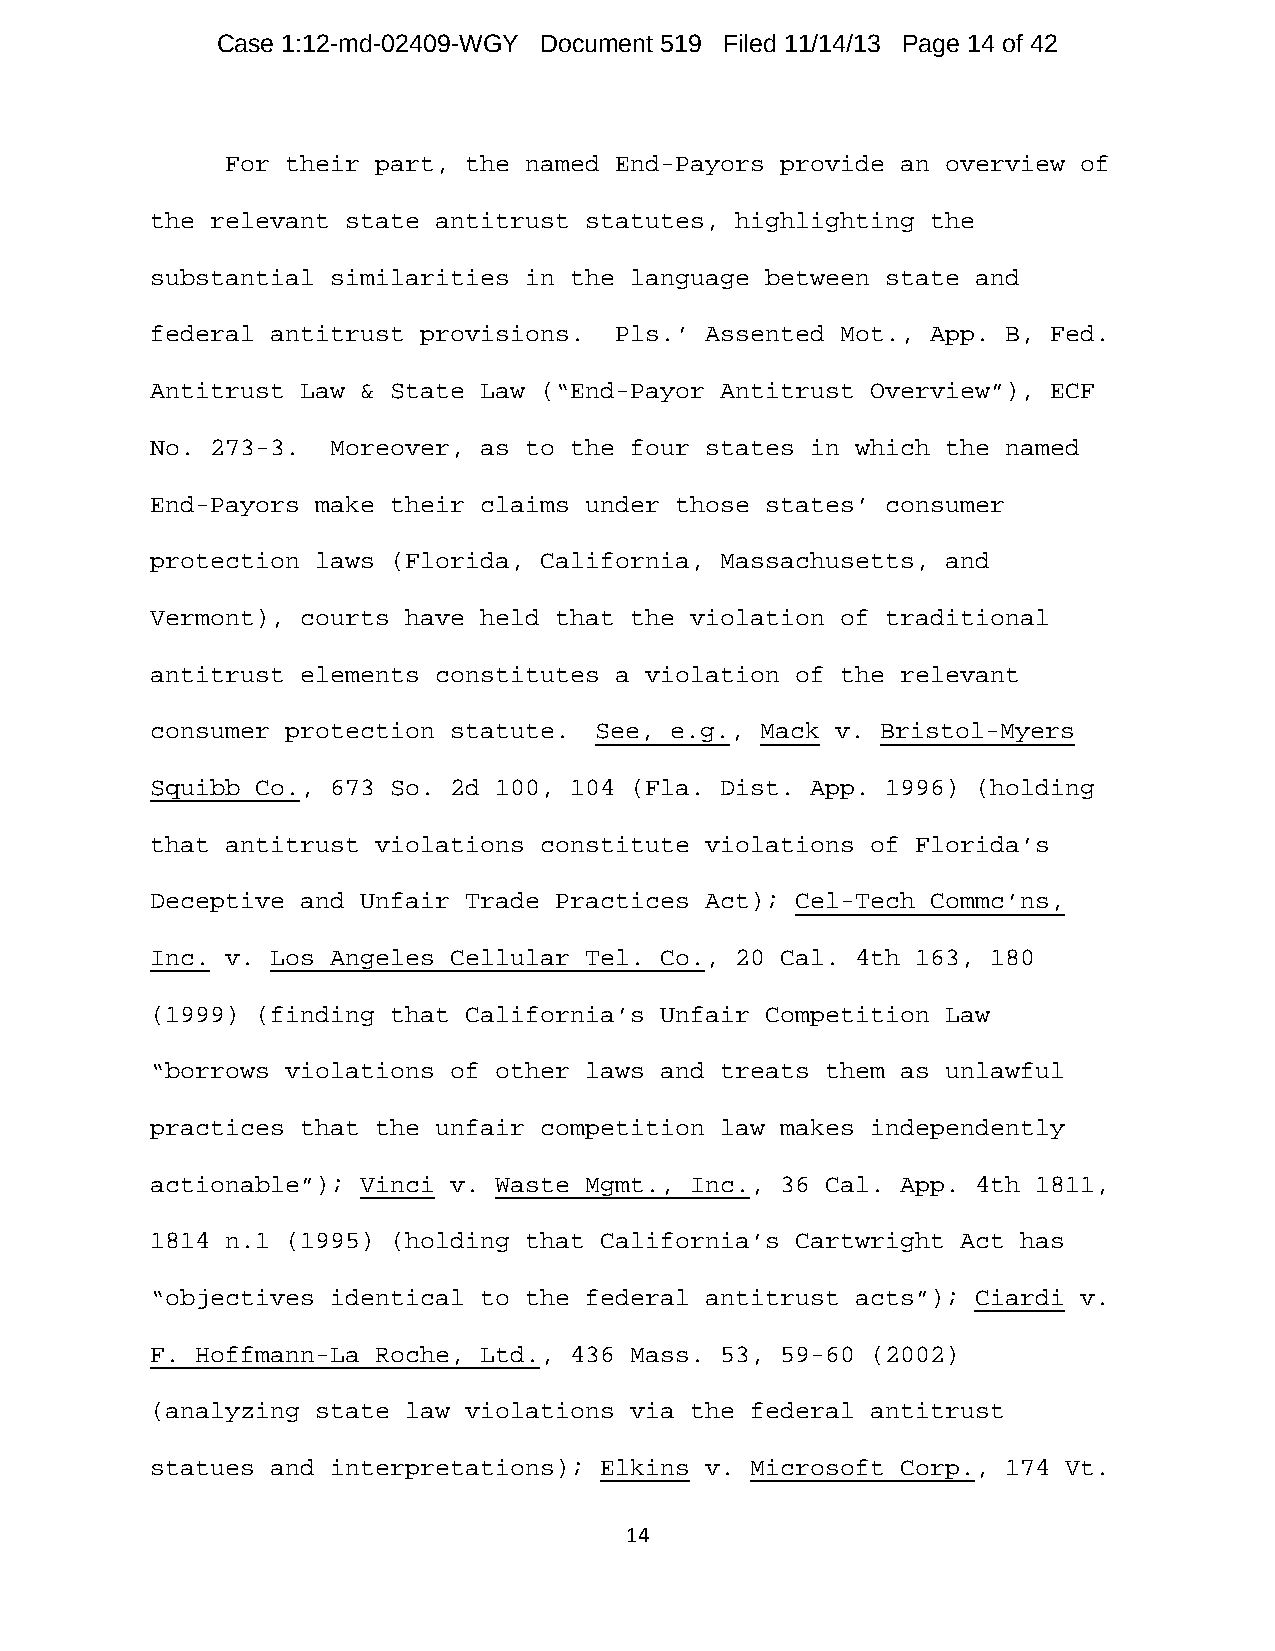
Case 1:12-md-02409-WGY Document 519 Filed 11/14/13 Page 14 of 42
 For their part, the named End-Payors provide an overview of
 the relevant state antitrust statutes, highlighting the
 substantial similarities in the language between state and
 federal antitrust provisions.  Pls.’ Assented Mot., App. B, Fed.
 Antitrust Law & State Law (“End-Payor Antitrust Overview”), ECF
 No. 273-3.  Moreover, as to the four states in which the named
 End-Payors make their claims under those states’ consumer
 protection laws (Florida, California, Massachusetts, and
 Vermont), courts have held that the violation of traditional
 antitrust elements constitutes a violation of the relevant
 consumer protection statute. See, e.g., Mack v. Bristol-Myers
 Squibb Co., 673 So. 2d 100, 104 (Fla. Dist. App. 1996) (holding
 that antitrust violations constitute violations of Florida’s
 Deceptive and Unfair Trade Practices Act); Cel-Tech Commc’ns,
 Inc. v. Los Angeles Cellular Tel. Co., 20 Cal. 4th 163, 180
 (1999) (finding that California’s Unfair Competition Law
 “borrows violations of other laws and treats them as unlawful
 practices that the unfair competition law makes independently
 actionable”); Vinci v. Waste Mgmt., Inc., 36 Cal. App. 4th 1811,
 1814 n.1 (1995) (holding that California’s Cartwright Act has
 “objectives identical to the federal antitrust acts”); Ciardi v.
 F. Hoffmann-La Roche, Ltd., 436 Mass. 53, 59-60 (2002)
 (analyzing state law violations via the federal antitrust
 statues and interpretations); Elkins v. Microsoft Corp., 174 Vt.
 14